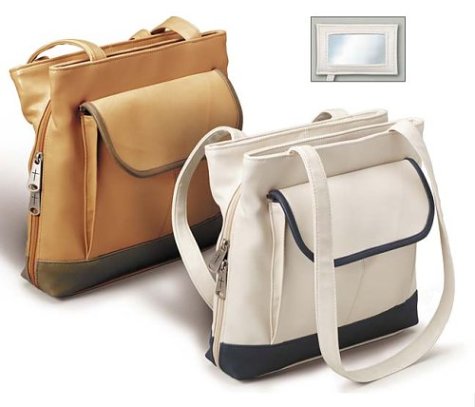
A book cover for Fascia (Bible Cover, Antique White); Thomas Nelson; Christian Books & Bibles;